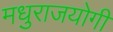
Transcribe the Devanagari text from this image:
मधुराजयोगी